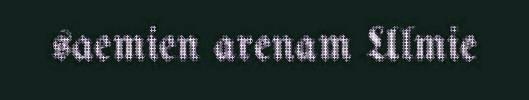
saemien arenam Ulmie